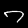
Label: 7